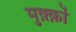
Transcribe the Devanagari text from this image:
मुक़्क़ों